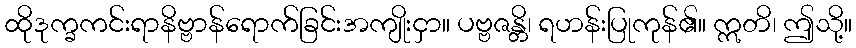
ထိုဒုက္ခကင်းရာနိဗ္ဗာန်ရောက်ခြင်းအကျိုးငှာ။ ပဗ္ဗဇန္တိ၊ ရဟန်းပြုကုန်၏။ ဣတိ၊ ဤသို့။